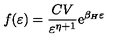
f ( \varepsilon ) = { \frac { C V } { \varepsilon ^ { \eta + 1 } } } \mathrm { e } ^ { { \beta _ { H } \varepsilon } }